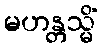
မဟန္တသ္မိံ